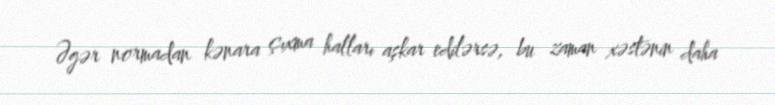
Əgər normadan kənara çıxma halları aşkar edilərsə, bu zaman xəstənin daha